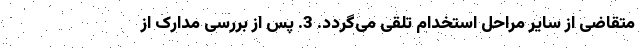
متقاضی از سایر مراحل استخدام تلقی می‌گردد. 3. پس از بررسی مدارک از